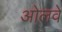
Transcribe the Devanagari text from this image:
ओलवे